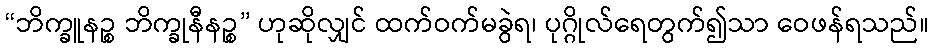
“ဘိက္ခူနဉ္စ ဘိက္ခုနီနဉ္စ” ဟုဆိုလျှင် ထက်ဝက်မခွဲရ၊ ပုဂ္ဂိုလ်ရေတွက်၍သာ ဝေဖန်ရသည်။